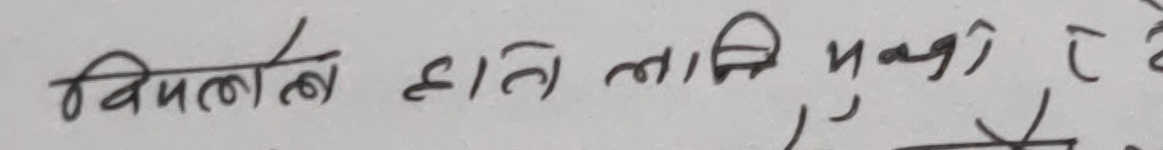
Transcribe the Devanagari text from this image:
विलम्व क्षति लाग्ने मुल्य रहनेछ।